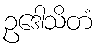
ဥဒေါသိတံ